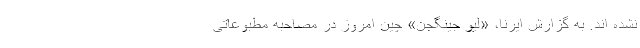
نشده اند. به گزارش ایرنا، «لیو جینگجن» چین امروز در مصاحبه مطبوعاتی